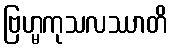
ဗြဟ္မကုသလဿာတိ